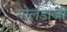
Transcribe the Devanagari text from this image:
गोलंडाजी